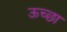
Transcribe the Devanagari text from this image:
ऊच्छा